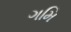
ગમિ